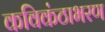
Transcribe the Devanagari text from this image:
कविकंठाभरण